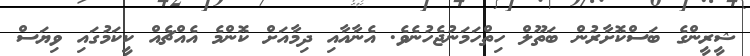
ޝީރީންގެ ބަސްކޮށާރުން ބަތޫލް ހިތްހަމަނުޖެހުނެވެ. އެނާއާއި ދިމާއަށް ކޮންމެ އެއްޗެއް ކީކަމުގައި ވިޔަސް